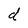
Character: d